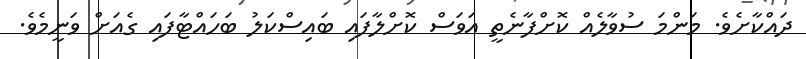
ދައްކާށެވެ. މަންމަ ސުވާލެއް ކޮށްފާނެތީ އަވަސް ކޮށްލާފައި ބައިސްކަލު ބަހައްޓާފައި ގެއަށް ވަނީމެވެ.